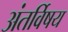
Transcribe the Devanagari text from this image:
अंतर्विषय